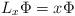
LaTeX: \begin{align*}L_x\Phi=x\Phi\end{align*}